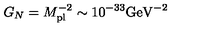
G _ { N } = M _ { \mathrm { p l } } ^ { - 2 } \sim 1 0 ^ { - 3 3 } \mathrm { G e V } ^ { - 2 }